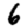
Digit: 6